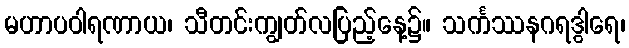
မဟာပဝါရဏာယ၊ သီတင်းကျွတ်လပြည့်နေ့၌။ သင်္ကဿနဂရဒွါရေ၊